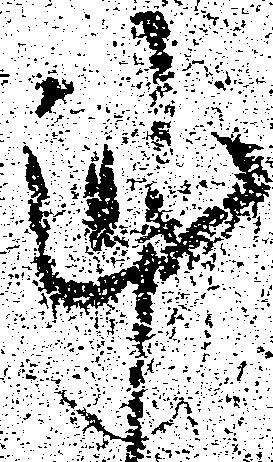
謹